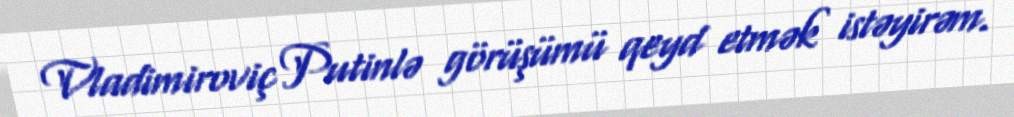
Vladimiroviç Putinlə görüşümü qeyd etmək istəyirəm.